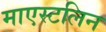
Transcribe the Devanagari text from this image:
माएस्टलिन